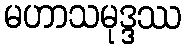
မဟာသမုဒ္ဒဿ